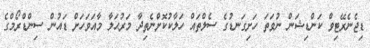
ޑިޖެނެރޭޓިވް ކަންޑިޝަން ނުވަތަ ހަށިގަނޑުގެ ސެލްތައް ހަލާކުކޮށްނެތިދާ މަރުޙަލާ މާއަވަހަށް ޑައުން ސިންޑްރޯމްގެ